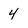
Character: 4